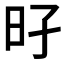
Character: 𰕳